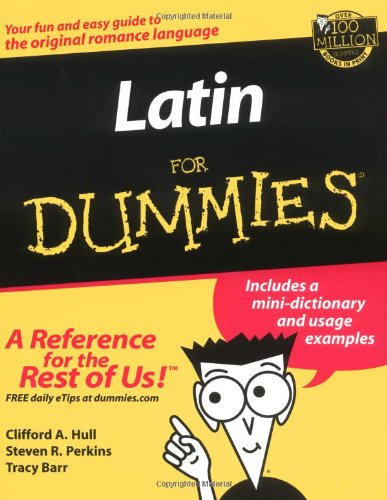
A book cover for Latin For Dummies; Clifford A. Hull; Reference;